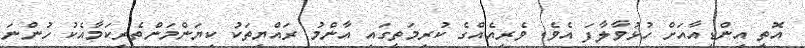
އޮތީ އިންޑިއާއަށް ހުޅުވާލާފަ އެވެ. ވެރިއެއްގެ ކުރިމަތީގައި އާންމު ރައްޔިތަކު ކިޔަންމަންތެރިކަމާއެކު ހުންނަ